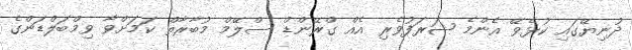
ދުނިޔޭގައި ކުޅެވޭ އެންމެ ޝަރަފުވެރި އެއް ގްރޭންޑް ސްލޭމް މުބާރާތް ކަމަށްވާ ވިމްބަލްޑަންގެ